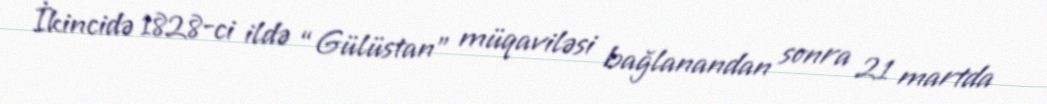
İkincidə 1828-ci ildə “Gülüstan” müqaviləsi bağlanandan sonra 21 martda